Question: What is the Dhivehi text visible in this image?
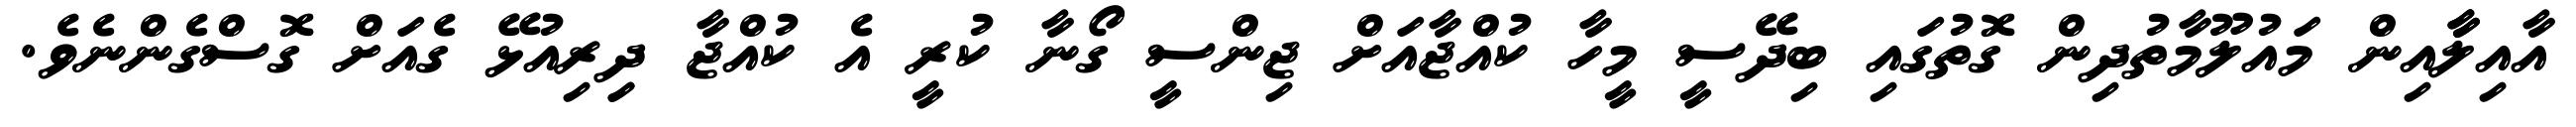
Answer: އާއިލާާއިން މައުލޫމާތުދިން ގޮތުގައި ބިދޭސީ މީހާ ކުއްޖާއަށް ޖިންސީ ގޯނާ ކުރީ އެ ކުއްޖާ ދިިރިއުޅޭ ގެއަށް ގޮސްގެންނެވެ.